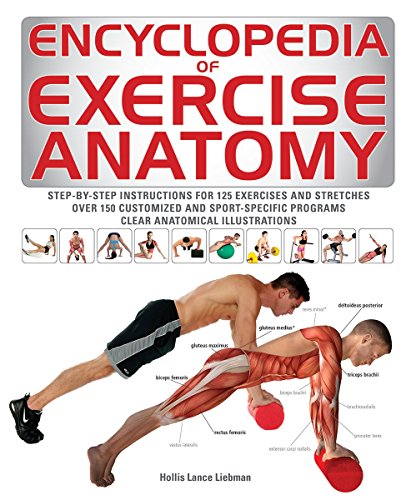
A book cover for Encyclopedia of Exercise Anatomy (Anatomy of); Hollis Liebman; Reference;